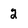
Character: 2